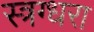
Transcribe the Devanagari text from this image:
स्त्रग्धरा